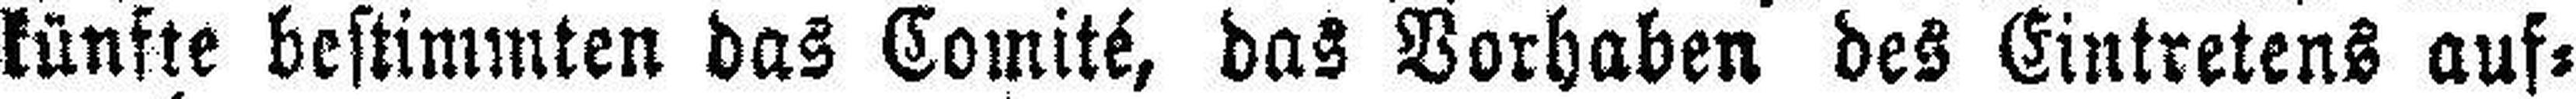
künfte bestimmten das Comité, das Vorhaben des Eintretens auf¬